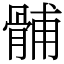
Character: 䯙